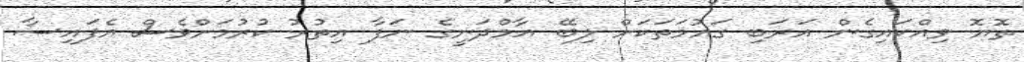
ތޮޔޮ ވިއްކައިގެން އަރަބި ގައުމަތަކަށް ލިބޭ އާމްދަނީގެ ނަފާ އިތުރު ކުރުމަށްވެސް އެފައިސާ